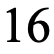
16